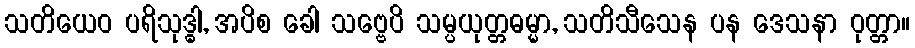
သတိယေဝ ပရိသုဒ္ဓါ, အပိစ ခေါ သဗ္ဗေပိ သမ္ပယုတ္တဓမ္မာ, သတိသီသေန ပန ဒေသနာ ဝုတ္တာ။